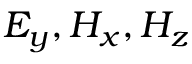
E _ { y } , H _ { x } , H _ { z }